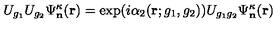
U _ { g _ { 1 } } U _ { g _ { 2 } } \Psi _ { \mathbf n } ^ { \kappa } ( \mathbf r ) = \exp ( i \alpha _ { 2 } ( \mathbf r ; g _ { 1 } , g _ { 2 } ) ) U _ { g _ { 1 } g _ { 2 } } \Psi _ { \mathbf n } ^ { \kappa } ( \mathbf r )